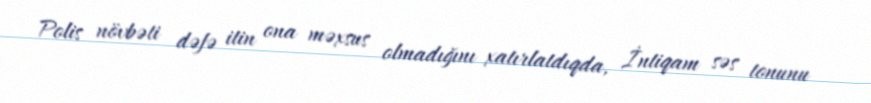
Polis növbəti dəfə itin ona məxsus olmadığını xatırlatdıqda, İntiqam səs tonunu